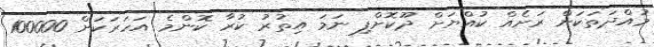
މުއްދަތަކަށް ރަށެއް ކުއްޔަށް ދޫކޮށްފި ނަމަ އިތުރު ކުރާ ކޮންމެ އަހަރަކަށް 100000